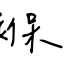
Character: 褓